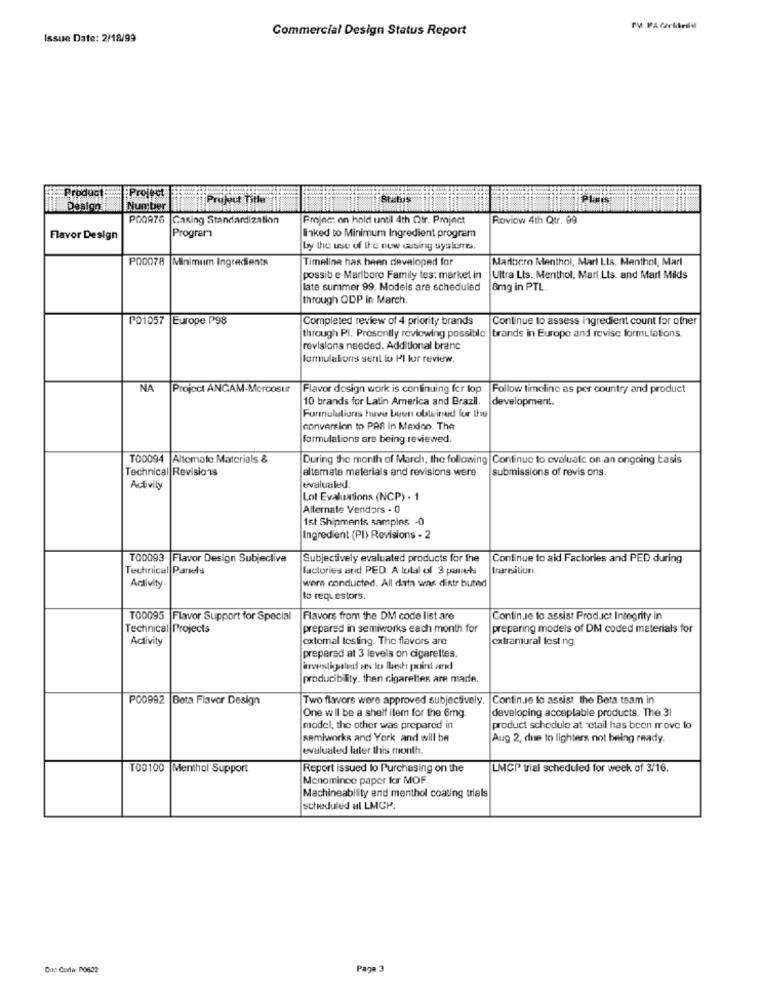
Commercial Design Status Report
PM .FFA CorArildl
Issue Date: 2/18/99
Product
Project:
Project Title
Design
Number
POOR76
GaRing Standardization
Projec: on hold until 4th Qtr. Project
Roviow 4th Qtr. 99
Flavor Design
Program
linked to Minimum Ingredient program
by the use of the new cusing syslunes,
PO0078
Minimum Ingredients
Timeline has been developed for
Mariocro Menthol, Mari Lts. Menthol, Mari
possib e Marlboro Family tes: market in
Ultra Lis. Menthol, Marl Lts. and Marl Milds
late summer 99. Models are scheduled
8mg in PTL.
through QDP in March.
P01057 Europe P98
Completed review of 4 priority brands
Continue to assess ingredient count for other
through Pl. Presently reviewing possible |brands in Europe and revise formulations.
revisions needed. Additional branc
formulations seril to PI lur review.
NA
Projoct ANCAM-Mercosur
Flavor design work is continuing for lop
Follow timeline as per country and product
10 brands for Latin America and Brazil.
development.
Formulations have been obtained for the
conversion to PAR in Mexico. The
formulations are being reviewed.
T00094 Altemale Materials &
During the month of March, the following |Continue to evaluate on an ongoing basis
Technical Revisions
altemate materials and revisions were
submissions of revis ons.
Activily
evalualed:
Lot Evaluations (NCP) - 1
Alternate Vendors - 0
1st Shipments samples -0
Ingredient (PI) Revisions - 2
T00093 |Flavor Design Subjective
Subjectively evaluated products for the
Continue to aid Factories and PED during
Technical Parels
factories and PED. A total of 3 panels
trarmilioni.
Activity
were conducted. All data was distr buted
to requestors
T00095 |Flavor Support for Special
Flavors from the DM code list are
Contin.Je to assist Prod.Ict Integrity in
Technical Projects
prepared in semiworks each month for
preparing models of DM coded materials for
Activity
cxtomal tosfing. The flavors are
extramural fest ng.
prepared at 3 levels on cigarettes.
producibility. then cigarettes are made.
P00992 Beta Flavor Design
Two flavors were approved subjectively.
Contin.Je to assist the Beta tsam in
One w ll be a shelf item for the 6mg.
developing acceptable products. The 31
model, the other was prepared in
product schedule at ctail has been move to
semiworks and York and will be
Aug 2, due to lighters not being ready.
evaluated later this month.
T00100 Menthol Support
Report issued lo Purchasing on the
LMCP trial scheduled for week of 3/16.
Monomince paper for MOF.
Machineability and menthol coating trials
scheduled al LMCP.
Page 3